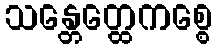
သန္တေတ္ထေကစ္စေ